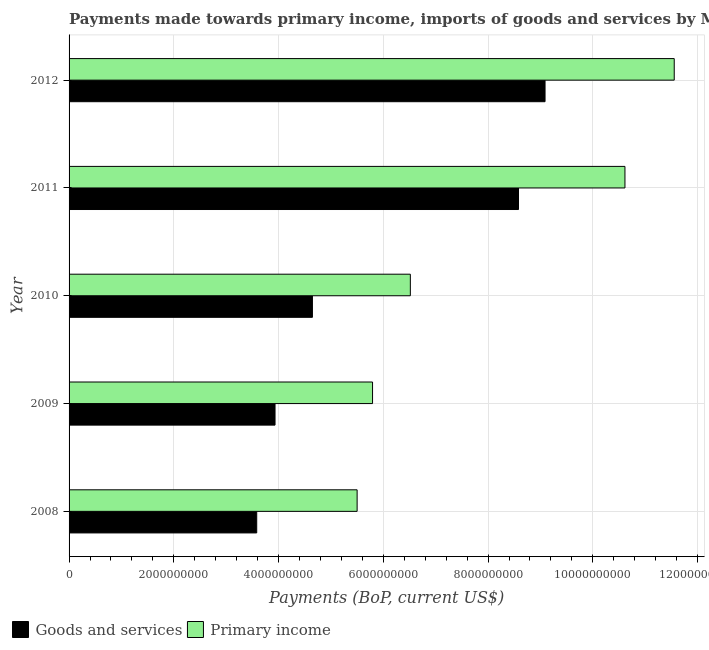
| Year | Goods and services | Primary income |
 | --- | --- | --- |
 | 2008 | 3.58e+09 | 5.5e+09 |
 | 2009 | 3.93e+09 | 5.79e+09 |
 | 2010 | 4.65e+09 | 6.52e+09 |
 | 2011 | 8.58e+09 | 1.06e+10 |
 | 2012 | 9.09e+09 | 1.16e+10 |